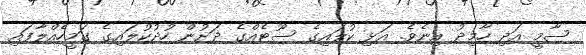
ސާމީ އަދި ހާމިދު އިނެވެ. އަޅި ކުލައިގެ ސޫޓެއްގެ ދަށުން ހުދުކުލައިގެ ގަމީހެއްލާފައި